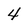
Character: 4